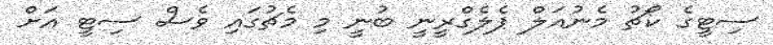
ސިޓީގެ ކޯޗު މެނުއަލް ޕެލެގްރީނީ ބުނީ މި މެޗުގައި ވެސް ސިޓީ އަށް